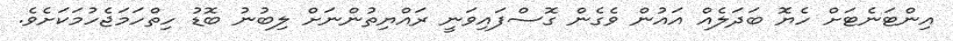
އިންޓަނެޓަށް ހެޔޮ ބަދަލެއް އައުން ވެގެން ގޮސްފައިވަނީ ރައްޔިތުންނަށް ލިބުނު ބޮޑު ހިތްހަމަޖެހުމަކަށެވެ.